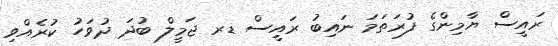
ރައީސް ޔާމިންގެ ފުރަތަމަ ނައިބު ރައީސް ޑރ ޖަމީލް ބުދަ ދުވަހު ކުރެއްވި